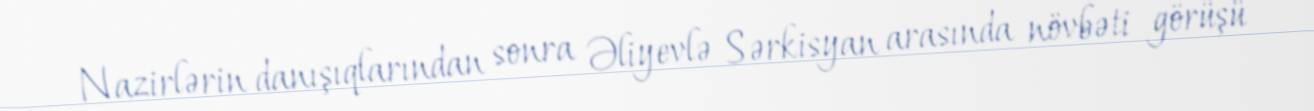
Nazirlərin danışıqlarından sonra Əliyevlə Sərkisyan arasında növbəti görüşü